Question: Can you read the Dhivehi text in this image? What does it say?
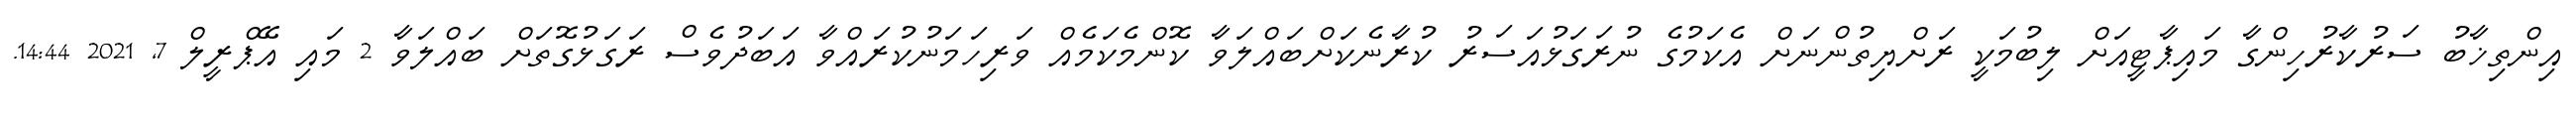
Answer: އިންތިޚާބު ސަރުކާރުހިންގާ މައިޕާޓީއަށް ލިބުމަކީ ރަށްޔިތުންނަށް އެކަމުގެ ނުރަގަޅުއަސަރު ކުރާނެކަށްބައްލަވާ ކޮންމެކަމެއް ވަރިހަމަނުކުރައްވާ އަބަދުވެސް ރަގަޅުގޮތަށް ބައްލަވާ 2 މައި އޭޕްރީލް 7, 2021 14:44.